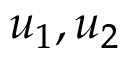
u _ { 1 } , u _ { 2 }